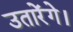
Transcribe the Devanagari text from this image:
उतारेंगे।